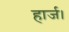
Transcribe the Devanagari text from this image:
हार्ज।